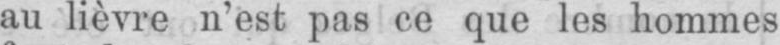
au lièvre n’est pas ce que les hommes